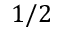
1 / 2